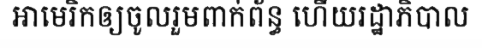
អាមេរិកឲ្យចូលរួមពាក់ព័ន្ធ ហើយរដ្ឋាភិបាល